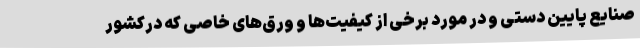
صنایع پایین دستی و در مورد برخی از کیفیت‌ها و ورق‌های خاصی که درکشور